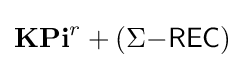
\mathbf {KPi} ^{r}+(\Sigma {\mathsf {-REC}})